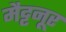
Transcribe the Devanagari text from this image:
मैट्टनूर